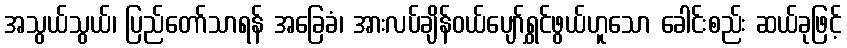
အသွယ်သွယ်၊ ပြည်တော်သာရန် အခြေခံ၊ အားလပ်ချိန်ဝယ်ပျော်ရွှင်ဖွယ်ဟူသော ခေါင်းစည်း ဆယ်ခုဖြင့်